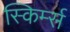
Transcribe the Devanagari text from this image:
स्किर्म्स